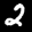
Label: 2